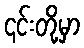
၎င်းတို့မှာ